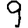
Digit: 9